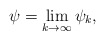
\begin{align*}\psi = \lim_{k\to\infty} \psi_k,\end{align*}